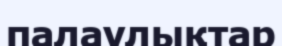
палаулықтар